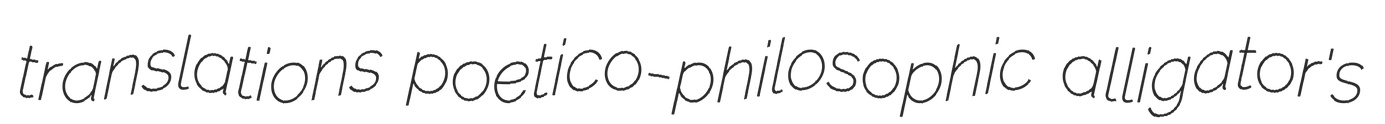
translations poetico-philosophic alligator's